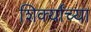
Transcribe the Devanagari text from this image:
शिर्क्यांच्या